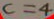
c = 4